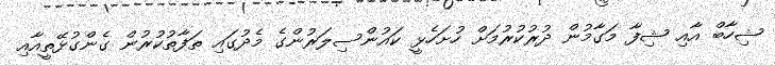
ޝިހާބް އާއި ޝިފާ މަގާމުން ދުރުކުރުމަށް ހުށަހެޅީ ކައުންސިލަރުންގެ މެދުގައި ތަފާތުކުރުން ގެންގުޅޭތީއާއި